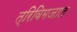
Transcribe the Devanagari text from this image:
त्रिविमजाल